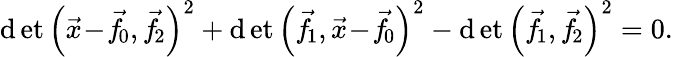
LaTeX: \operatorname*{\mathrm{d}et}{\left({\vec{{x}}}\! -\! {\vec{{f}}}\! _{0},{\vec{{f}}}\! _{2}\right)^{2}}+\operatorname*{\mathrm{d}et}{\left({\vec{{f}}}\! _{1},{\vec{{x}}}\! -\! {\vec{{f}}}\! _{0}\right)^{2}}-\operatorname*{\mathrm{d}et}{\left({\vec{{f}}}\! _{1},{\vec{{f}}}\! _{2}\right)^{2}}=0.